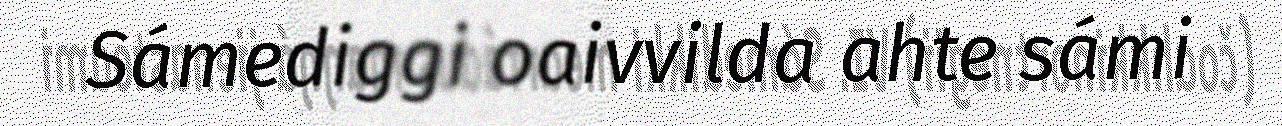
Sámediggi oaivvilda ahte sámi